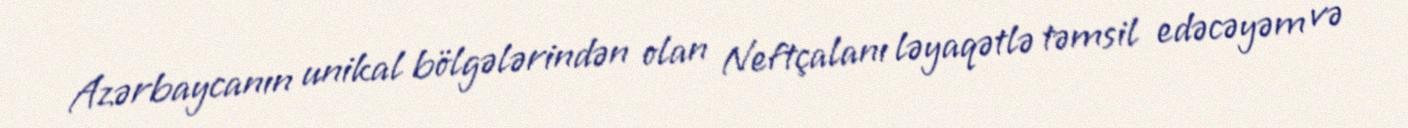
Azərbaycanın unikal bölgələrindən olan Neftçalanı ləyaqətlə təmsil edəcəyəm və